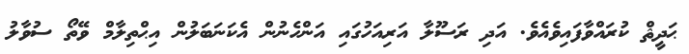
ޙަދީޘް ކުރައްވާފައިވެއެވެ. އަދި ރަސޫލާ އަރިއަހުގައި އަންހެނުން އެކަނަބަލުން އިޙްތިލާމް ވޭތޯ ސުވާލު